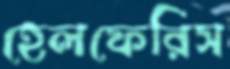
হেলফেরিস